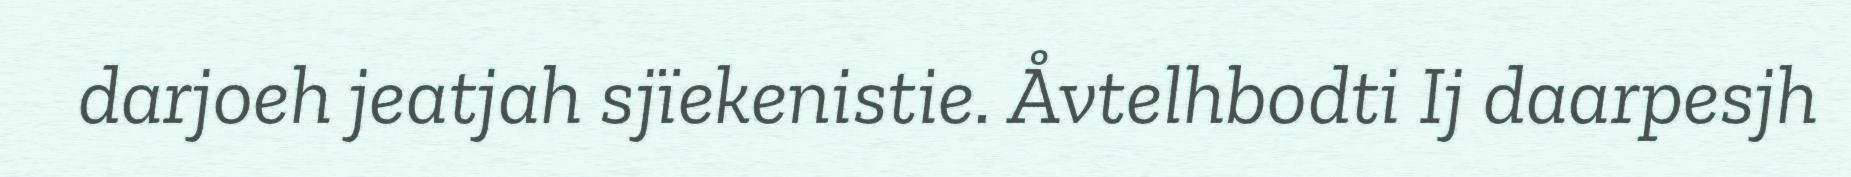
darjoeh jeatjah sjïekenistie. Åvtelhbodti Ij daarpesjh